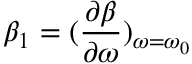
\beta _ { 1 } = ( \frac { \partial \beta } { \partial \omega } ) _ { \omega = \omega _ { 0 } }